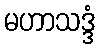
မဟာသဒ္ဒံ